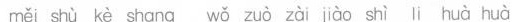
měi shù kè shang wǒ zuò zài jiòo shì li huà huà